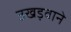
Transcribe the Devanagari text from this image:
उखड़वाने